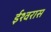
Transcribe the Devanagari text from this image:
ईश्वरास